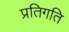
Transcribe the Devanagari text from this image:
प्रतिगति